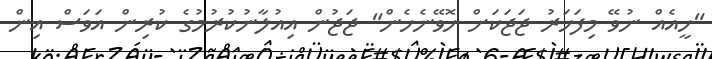
"ހީއެއް ނުވޭ މިފަހަރު ޖަޖަކަށް ހޮވޭނެހެން" ޖަޖުން އިއުލާނުކުރުމުގެ ކުރިން އަވަސް އިން